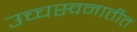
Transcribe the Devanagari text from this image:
उच्चस्वनातीत